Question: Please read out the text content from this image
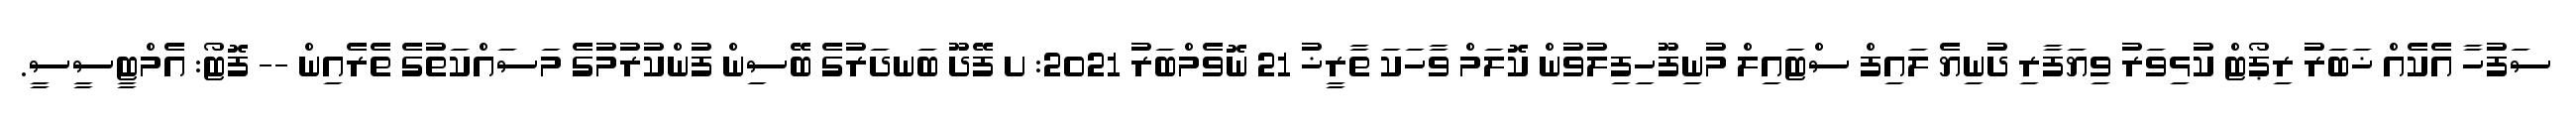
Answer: ސަފުހާ އެކެއް ޚަބަރު ރިޕޯޓް ކުޅިވަރު ވިޔަފާރި ދުނިޔެ ލައިފް ސްޓައިލް މުނިފޫހިފިލުވުން ކޮލަމް ވާހަކަ ތާރީޚު 21 ނޮވެމްބަރު 2021: ށ ފޭދޫ ބަނދަރުގެ ބޭސިން ފުންކުރުމުގެ މަސައްކަތުގެ ތެރެއިން -- ފޮޓޯ: އެމްޓީސީސީ.